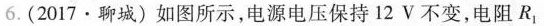
6.(2017·聊城)如图所示，电源电压保持12V不变，电阻$$R _ { 1 }